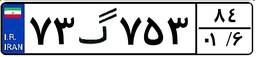
۷۳گ۷۵۳۸۴